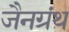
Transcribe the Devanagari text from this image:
जैनग्रंथ